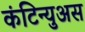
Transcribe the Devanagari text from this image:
कंटिन्युअस